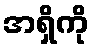
အရှိကို